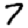
Digit: 7